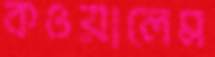
কওয়ালেম